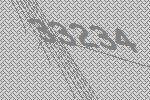
33234